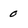
Character: 0